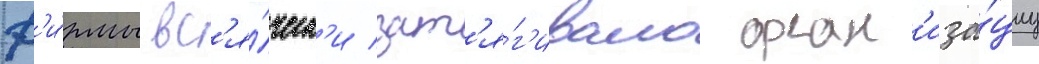
ф'и́рмы вс'я́ческ'и зат'я́г'ивало орган'иза́циу